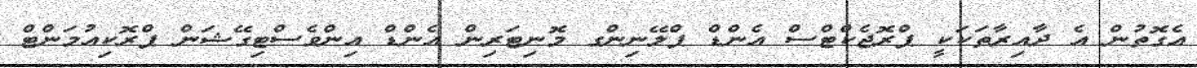
އެގޮތުން އެ ދާއިރާތަކަކީ ޕްރޮޖެކްޓްސް އެންޑް ޕްލޭނިންގ މޮނިޓަރިން އެންޑް އިންވެސްޓިގޭޝަން ޕްރޮކިއުމަންޓް